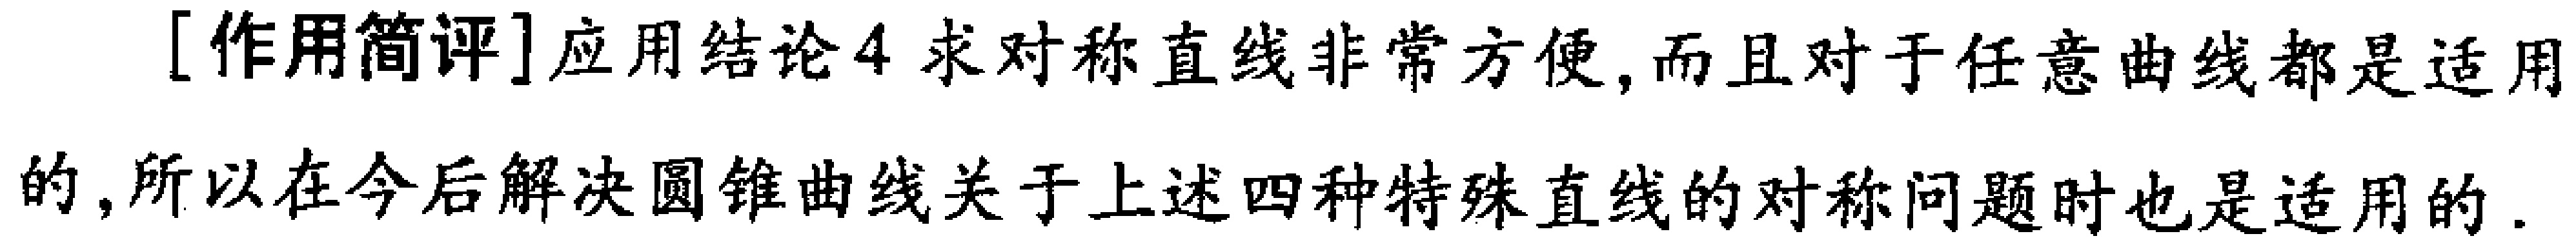
[作用简评]应用结论4 求对称直线非常方便,而且对于任意曲线都是适用的,所以在今后解决圆锥曲线关于上述四种特殊直线的对称问题时也是适用的.